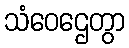
သံဝေဌေတွာ